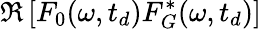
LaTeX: \Re\left[F_{0}(\omega,t_{d})F_{G}^{*}(\omega,t_{d})\right]